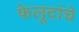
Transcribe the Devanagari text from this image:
फेलूदांचे